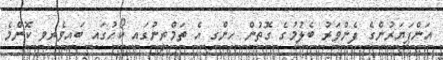
އަންޕަޔަރުންގެ ފެންވަރު ބެލުމުގެ ގޮތުން ހިންގި އެ ތަމްރީނުގައި ކޯހުގައި ބައިވެރިވި ކޮންމެ